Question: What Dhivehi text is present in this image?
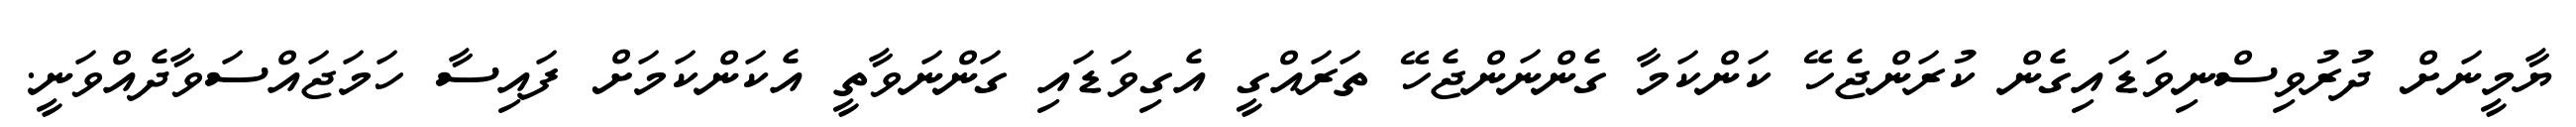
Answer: ޔާމީނަށް ދުރުވިސްނިވަޑައިގެން ކުރަންޖެހޭ ކަންކަމާ ގެންނަންޖެހޭ ތަރައްގީ އެގިވަޑައި ގަންނަވާތީ އެކަންކަމަށް ފައިސާ ހަމަޖައްސަވާދެއްވަނީ.